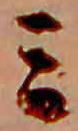
ミ